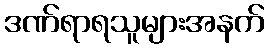
ဒဏ်ရာရသူများအနက်